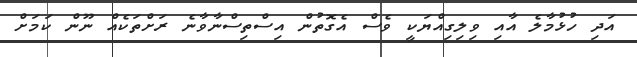
އަދި ހުޅުމާލެ އާއި ވިލިގިއްޔަކީ ވެސް އެގޮތުން އިސްތިސްނާވާނެ ރަށްތަކެއް ނޫން ކަމަށް